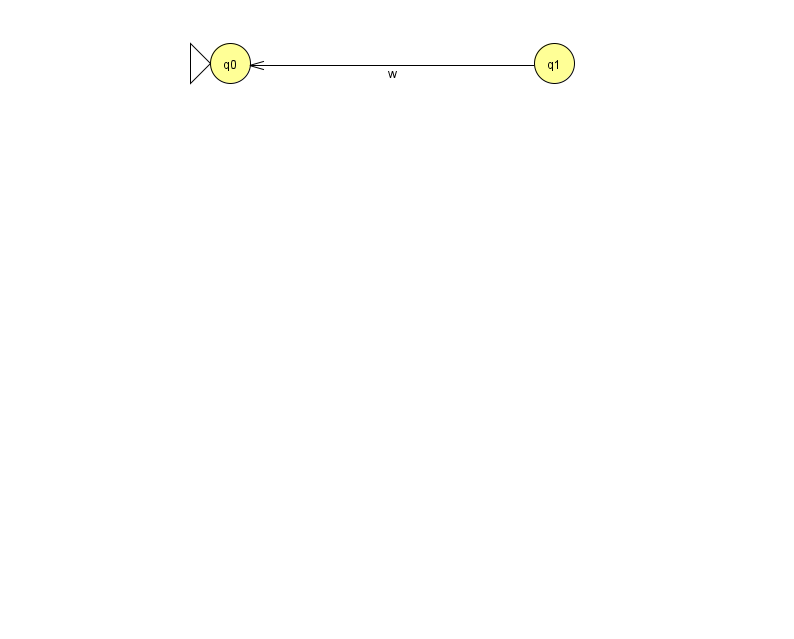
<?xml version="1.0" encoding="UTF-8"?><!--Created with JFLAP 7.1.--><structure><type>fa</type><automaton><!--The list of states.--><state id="0" name="q0"><x>230.0</x><y>50.0</y><initial/></state><state id="1" name="q1"><x>554.0</x><y>50.0</y></state><!--The list of transitions.--><transition><from>1</from><to>0</to><read>w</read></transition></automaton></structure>